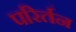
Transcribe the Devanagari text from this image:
परिर्तन